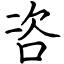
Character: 咨